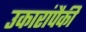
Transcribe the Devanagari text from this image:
उकारांपैकी